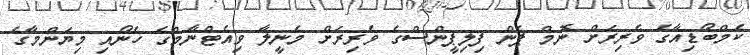
ކެމްބޯޑިއާގެ ވެރިރަށް ނޮމް ޕެން ފިލިޕީންސްގެ ވެރިރަށް މެނީލާ ވިއެޓްނާމްގެ ހެނޯއި މިޔަންމާގެ